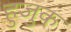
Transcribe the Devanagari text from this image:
हुजुक